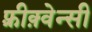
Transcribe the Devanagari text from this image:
फ़्रीक़्वेन्सी